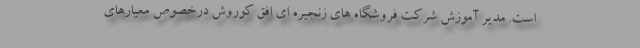
است. مدیر آموزش شرکت فروشگاه های زنجیره ای افق کوروش درخصوص معیارهای